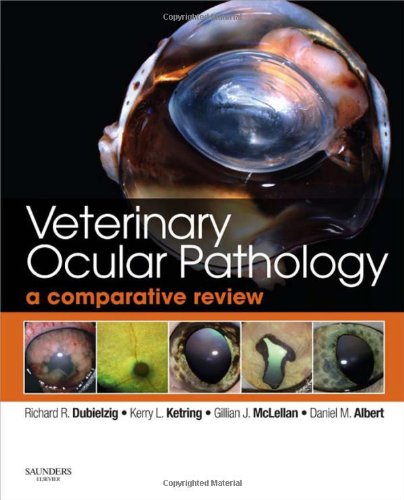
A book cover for Veterinary Ocular Pathology: A Comparative Review, 1e; Richard R. Dubielzig DVM  DACVP  DACVO (Hon); Medical Books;